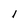
Character: l